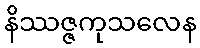
နိဿဇ္ဇကုသလေန